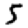
Digit: 5